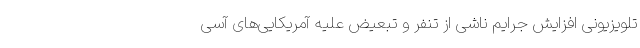
تلویزیونی افزایش جرایم ناشی از تنفر و تبعیض علیه آمریکایی‌های آسی